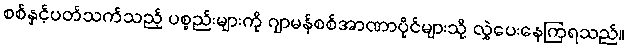
စစ်နှင့်ပတ်သက်သည့် ပစ္စည်းများကို ဂျာမန်စစ်အာဏာပိုင်များသို့ လွှဲပေးနေကြရသည်။